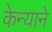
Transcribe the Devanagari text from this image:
केन्याने